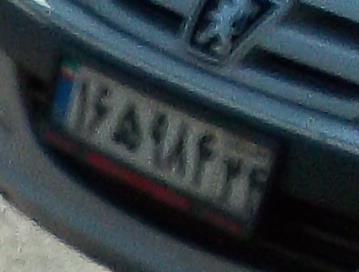
۱۶ه۹۸۴۲۴